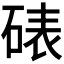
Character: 𪿦